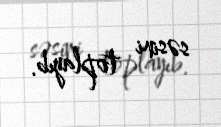
səsini toplayıb.